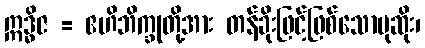
ဣဒ္ဓိဇ = ဧဟိဘိက္ခုတို့အား တန်ခိုးဖြင့်ဖြစ်သောပုဆိုး၊